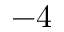
- 4